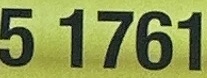
5 1761